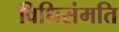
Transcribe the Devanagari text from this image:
विधिसंमति